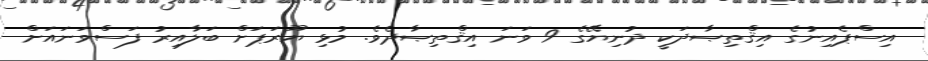
އިސްޕެއިނުގެ އިޤްތިޞާދަކީ ދުނިޔޭގެ 9 ވަނަ އިޤްތިޞާދެވެ. މުޅި ޔޫރަޕަށް ބަލާއިރު ފަސްވަނައަށް